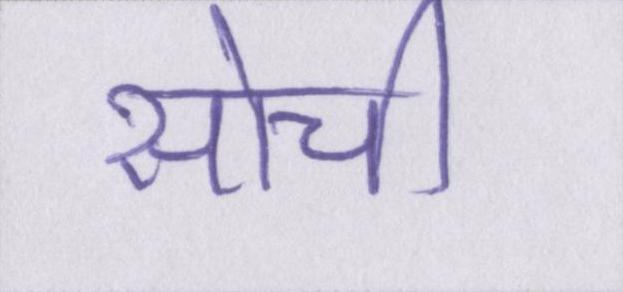
सोची